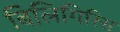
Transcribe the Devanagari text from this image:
बिलिगिरिस